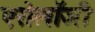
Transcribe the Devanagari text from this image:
एरोलॉजी